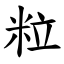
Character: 粒